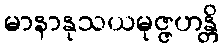
မာနာနုသယမုဇ္ဇဟန္တိ